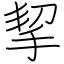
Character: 挈